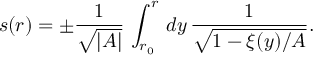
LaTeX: s ( r ) = \pm \frac { 1 } { \sqrt { \vert A \vert } } \, \int _ { r _ { 0 } } ^ { r } \, d y \, \frac { 1 } { \sqrt { 1 - \xi ( y ) / A } } .